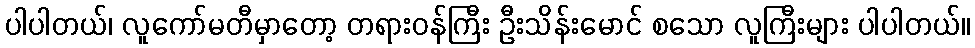
ပါပါတယ်၊ လူကော်မတီမှာတော့ တရားဝန်ကြီး ဦးသိန်းမောင် စသော လူကြီးများ ပါပါတယ်။